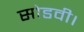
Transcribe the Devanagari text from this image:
सोडवी।